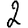
Digit: 2